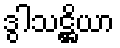
ဒွါသဋ္ဌိယာ